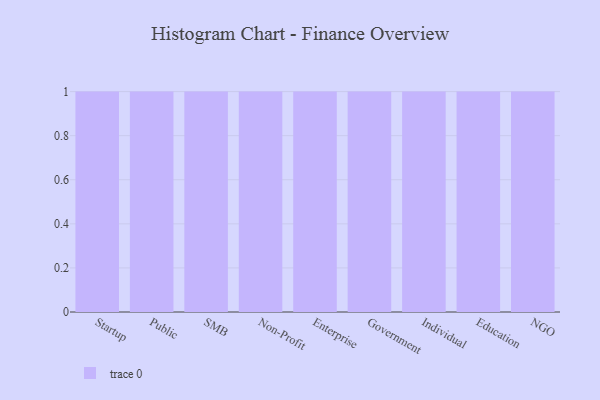
{"axis": {"x": "Segment", "y": "Demand Index"}, "legend": [""], "data": [{"x": "Startup", "y": 27, "type": ""}, {"x": "Public", "y": 43, "type": ""}, {"x": "SMB", "y": 51, "type": ""}, {"x": "Non-Profit", "y": 5, "type": ""}, {"x": "Enterprise", "y": 100, "type": ""}, {"x": "Government", "y": 65, "type": ""}, {"x": "Individual", "y": 30, "type": ""}, {"x": "Education", "y": 23, "type": ""}, {"x": "NGO", "y": 83, "type": ""}]}